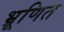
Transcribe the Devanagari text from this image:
भ्रूणित